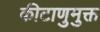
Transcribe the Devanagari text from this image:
कीटाणुमुक्त